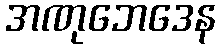
အဏုဘေဒေန